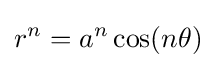
r^{n}=a^{n}\cos(n\theta )